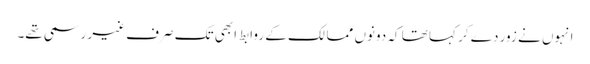
انہوں نے زور دے کر کہا تھا کہ دونوں ممالک کے روابط ابھی تک صرف غیر رسمی تھے۔